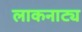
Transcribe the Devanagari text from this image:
लाकनाट्य